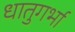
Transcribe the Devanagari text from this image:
धातुगर्भा